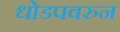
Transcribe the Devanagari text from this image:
धोडपवरुन